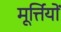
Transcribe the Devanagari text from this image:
मूर्त्तियों